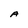
Character: A